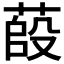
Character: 𦷊